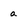
Character: a